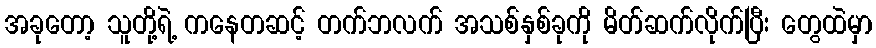
အခုတော့ သူတို့ရဲ့ ကနေတဆင့် တက်ဘလက် အသစ်နှစ်ခုကို မိတ်ဆက်လိုက်ပြီး တွေထဲမှာ